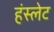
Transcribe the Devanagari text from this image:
हंस्लेट